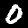
Label: 0